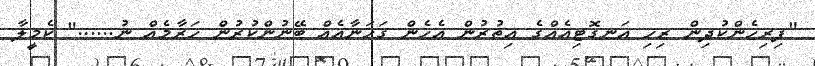
"ފިރިހެންކުދިން ރިހި އަނގޮޓިއެއްގެ އިތުރުން އެހެން ގަހަނާއެއް ބޭނުންކުރުން ހަރާމެއް ނު......" ކެމީލާ